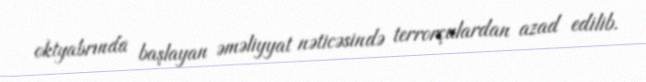
oktyabrında başlayan əməliyyat nəticəsində terrorçulardan azad edilib.